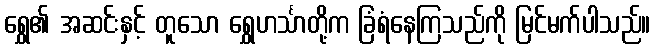
ရွှေ၏ အဆင်းနှင့် တူသော ရွှေဟင်္သာတို့က ခြံရံနေကြသည်ကို မြင်မက်ပါသည်။